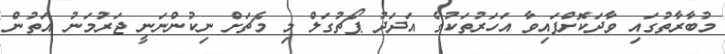
މުބާރާތުގައި ވާދަކޮށްފައިވާ އަހަރުތަކުގެ އަދަދު ޕޯޗުގަލް މި މެޗަށް ނިކުންނަނީ ޖަރުމަނު އަތުން